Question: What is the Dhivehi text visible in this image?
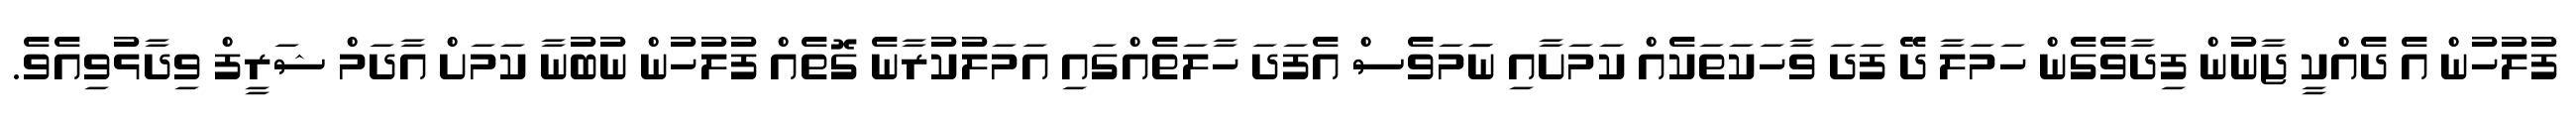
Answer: ފުލުހުން އެ ދެއްކީ ޖާނުން ފިދާވެގެން ހަމަލާ ދޭ ފަދަ ވާހަކަތަކެއް ކަމަށާއި ނަަމަވެސް އެފަދަ ހާލަތެއްގައި އަމަލުކުރާނެ ގޮތެއް ފުލުހުން ނުބުނާ ކަމަށް އާދަމް ޝަރީފް ވިދާޅުވިއެވެ.